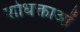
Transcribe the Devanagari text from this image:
शोधक्ताओं